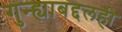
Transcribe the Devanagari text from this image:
गुन्ह्याबद्दलही